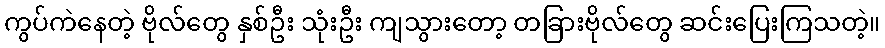
ကွပ်ကဲနေတဲ့ ဗိုလ်တွေ နှစ်ဦး သုံးဦး ကျသွားတော့ တခြားဗိုလ်တွေ ဆင်းပြေးကြသတဲ့။